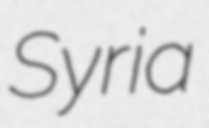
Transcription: Syria